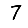
Digit: 7